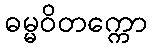
ဓမ္မဝိတက္ကော